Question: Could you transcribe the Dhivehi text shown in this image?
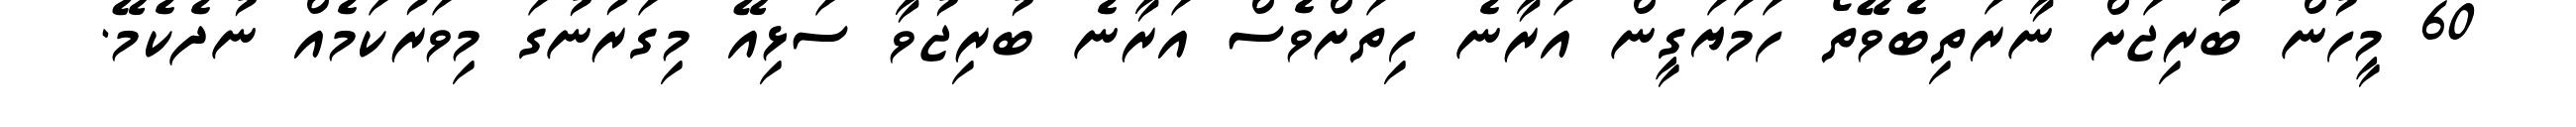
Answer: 60 މީހުން ބުރިޖަށް ނާރަތިބެވޭތޯ ހަމަޔަގީން އަރާނެ ހިތަށްވެސް އަރާނެ ބުރިޖުވާ ސަޅިއޭ މިގަރުނުގަ މިވަރުކަމެއް ނުދެކެމޭ.